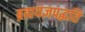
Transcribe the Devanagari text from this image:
ब्रह्मयज्ञपद्धति